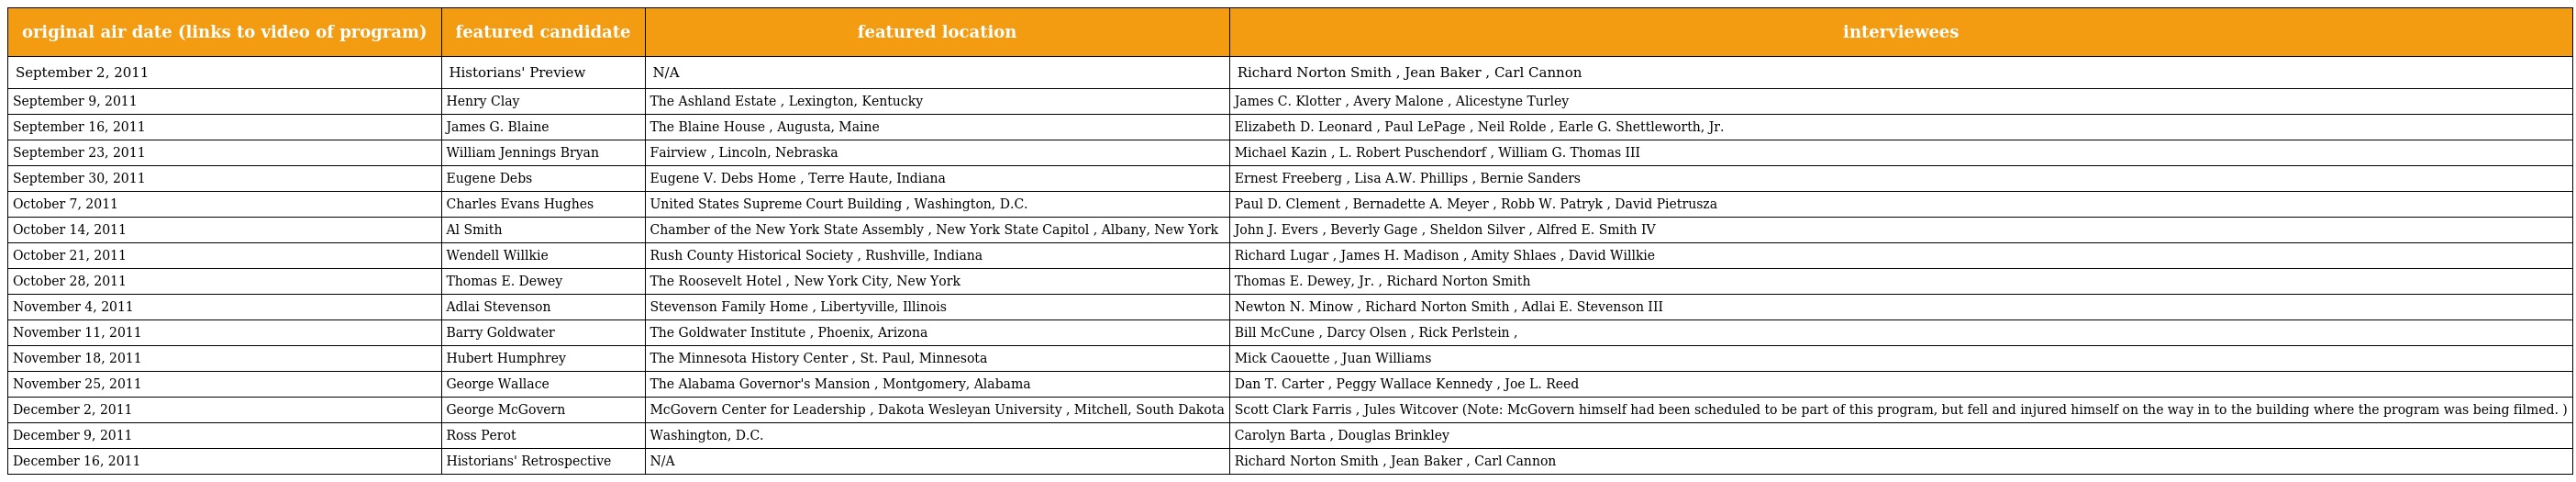
| original air date (links to video of program) | featured candidate | featured location | interviewees |
 | --- | --- | --- | --- |
 | September 2, 2011 | Historians' Preview | N/A | Richard Norton Smith , Jean Baker , Carl Cannon |
 | September 9, 2011 | Henry Clay | The Ashland Estate , Lexington, Kentucky | James C. Klotter , Avery Malone , Alicestyne Turley |
 | September 16, 2011 | James G. Blaine | The Blaine House , Augusta, Maine | Elizabeth D. Leonard , Paul LePage , Neil Rolde , Earle G. Shettleworth, Jr. |
 | September 23, 2011 | William Jennings Bryan | Fairview , Lincoln, Nebraska | Michael Kazin , L. Robert Puschendorf , William G. Thomas III |
 | September 30, 2011 | Eugene Debs | Eugene V. Debs Home , Terre Haute, Indiana | Ernest Freeberg , Lisa A.W. Phillips , Bernie Sanders |
 | October 7, 2011 | Charles Evans Hughes | United States Supreme Court Building , Washington, D.C. | Paul D. Clement , Bernadette A. Meyer , Robb W. Patryk , David Pietrusza |
 | October 14, 2011 | Al Smith | Chamber of the New York State Assembly , New York State Capitol , Albany, New York | John J. Evers , Beverly Gage , Sheldon Silver , Alfred E. Smith IV |
 | October 21, 2011 | Wendell Willkie | Rush County Historical Society , Rushville, Indiana | Richard Lugar , James H. Madison , Amity Shlaes , David Willkie |
 | October 28, 2011 | Thomas E. Dewey | The Roosevelt Hotel , New York City, New York | Thomas E. Dewey, Jr. , Richard Norton Smith |
 | November 4, 2011 | Adlai Stevenson | Stevenson Family Home , Libertyville, Illinois | Newton N. Minow , Richard Norton Smith , Adlai E. Stevenson III |
 | November 11, 2011 | Barry Goldwater | The Goldwater Institute , Phoenix, Arizona | Bill McCune , Darcy Olsen , Rick Perlstein , |
 | November 18, 2011 | Hubert Humphrey | The Minnesota History Center , St. Paul, Minnesota | Mick Caouette , Juan Williams |
 | November 25, 2011 | George Wallace | The Alabama Governor's Mansion , Montgomery, Alabama | Dan T. Carter , Peggy Wallace Kennedy , Joe L. Reed |
 | December 2, 2011 | George McGovern | McGovern Center for Leadership , Dakota Wesleyan University , Mitchell, South Dakota | Scott Clark Farris , Jules Witcover (Note: McGovern himself had been scheduled to be part of this program, but fell and injured himself on the way in to the building where the program was being filmed. ) |
 | December 9, 2011 | Ross Perot | Washington, D.C. | Carolyn Barta , Douglas Brinkley |
 | December 16, 2011 | Historians' Retrospective | N/A | Richard Norton Smith , Jean Baker , Carl Cannon |